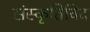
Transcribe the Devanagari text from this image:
संस्कृतिविद